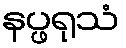
နပ္ဖရုသံ